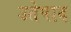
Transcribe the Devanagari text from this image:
उतेपाद